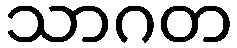
သာဂတ